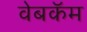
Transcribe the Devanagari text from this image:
वेबकॅम